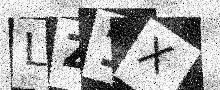
Text: LZ1X